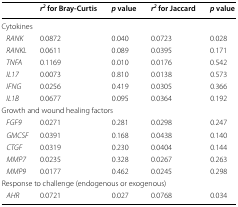
|  | r2 for Bray-Curtis | p value | r2 for Jaccard | p value |
 | --- | --- | --- | --- | --- |
 | <COLSPAN=5> Cytokines |
 | RANK | 0.0872 | 0.040 | 0.0723 | 0.028 |
 | RANKL | 0.0611 | 0.089 | 0.0395 | 0.171 |
 | TNFA | 0.1169 | 0.010 | 0.0176 | 0.542 |
 | IL17 | 0.0073 | 0.810 | 0.0138 | 0.573 |
 | IFNG | 0.0256 | 0.419 | 0.0305 | 0.366 |
 | IL1B | 0.0677 | 0.095 | 0.0364 | 0.192 |
 | <COLSPAN=5> Growth and wound healing factors |
 | FGF9 | 0.0271 | 0.281 | 0.0298 | 0.247 |
 | GMCSF | 0.0391 | 0.168 | 0.0438 | 0.140 |
 | CTGF | 0.0319 | 0.230 | 0.0404 | 0.144 |
 | MMP7 | 0.0235 | 0.328 | 0.0267 | 0.263 |
 | MMP9 | 0.0177 | 0.462 | 0.0245 | 0.298 |
 | <COLSPAN=5> Response to challenge (endogenous or exogenous) |
 | AHR | 0.0721 | 0.027 | 0.0768 | 0.034 |